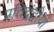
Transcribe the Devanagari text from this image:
प्रतिद्वंद्वीयों